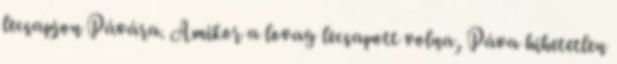
lecsapjon Pávára. Amikor a lovag lecsapott volna, Páva hihetetlen